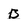
Character: B